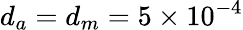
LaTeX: d_{a}=d_{m}=5\times 10^{-4}